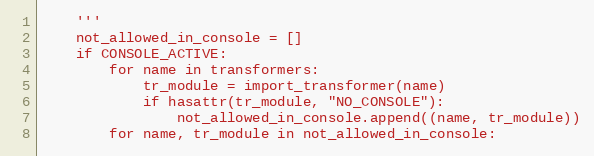
Language: Python
    '''
    not_allowed_in_console = []
    if CONSOLE_ACTIVE:
        for name in transformers:
            tr_module = import_transformer(name)
            if hasattr(tr_module, "NO_CONSOLE"):
                not_allowed_in_console.append((name, tr_module))
        for name, tr_module in not_allowed_in_console: